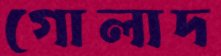
গোলাদ